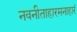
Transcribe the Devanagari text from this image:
नवनीताहारमनाहारं